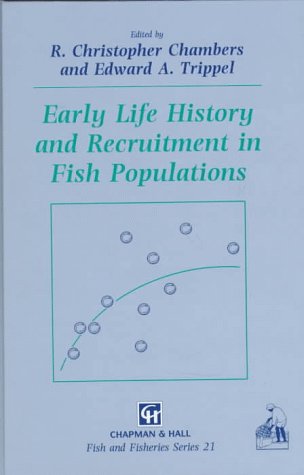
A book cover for Early Life History and Recruitment in Fish Populations (Fish & Fisheries Series); Sports & Outdoors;